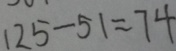
1 2 5 - 5 1 = 7 4